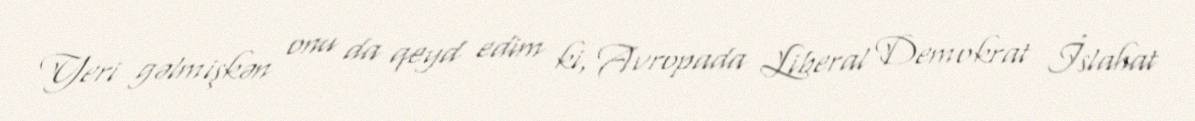
Yeri gəlmişkən onu da qeyd edim ki, Avropada Liberal Demokrat İslahat